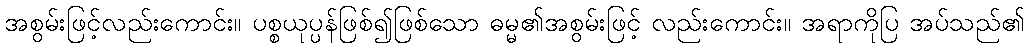
အစွမ်းဖြင့်လည်းကောင်း။ ပစ္စယုပ္ပန်ဖြစ်၍ဖြစ်သော ဓမ္မ၏အစွမ်းဖြင့် လည်းကောင်း။ အရာကိုပြ အပ်သည်၏